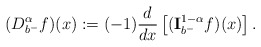
\begin{align*} (D _{b^-}^{\alpha} f)(x):= (-1)\frac{d}{dx}\left[({\bf I}_{b^-}^{1-\alpha}f)(x)\right]. \end{align*}